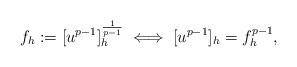
LaTeX: \begin{align*}f_h:=[u^{p-1}]_h^{\frac{1}{p-1}} \iff [u^{p-1}]_h=f_h^{p-1},\end{align*}